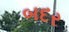
બદર